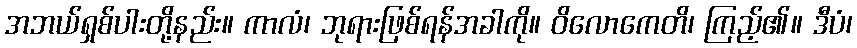
အဘယ်ရှစ်ပါးတို့နည်း။ ကာလံ၊ ဘုရားဖြစ်ရန်အခါကို။ ဝိလောကေတိ၊ ကြည့်၏။ ဒီပံ၊